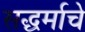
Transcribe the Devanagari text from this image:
सद्धर्माचे